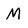
Character: M